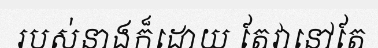
របស់នាងក៏ដោយ តែវានៅតែ